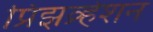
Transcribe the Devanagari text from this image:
प्रिझव्र्हेशन